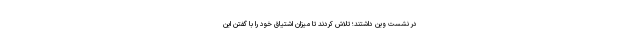
در نشست وین داشتند؛ تلاش کردند تا میزان اشتیاق خود را با گفتن این